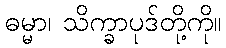
ဓမ္မာ၊ သိက္ခာပုဒ်တို့ကို။